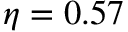
\eta = 0 . 5 7